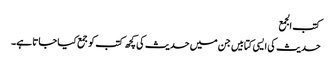
کتب الجمع
حدیث کی ایسی کتابیں جن میں حدیث کی کچھ کتب کو جمع کیا جاتا ہے۔